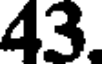
43.